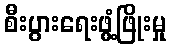
စီးပွားရေးဖွံ့ဖြိုးမှု